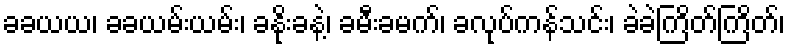
ခခယယ၊ ခခယမ်းယမ်း၊ ခနိုးခနဲ့၊ ခမီးခမက်၊ ခလုပ်ကန်သင်း၊ ခဲခဲကြိတ်ကြိတ်၊